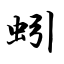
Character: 蚓